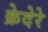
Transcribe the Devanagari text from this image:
क्रेदेरे